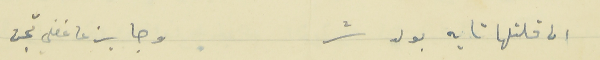
ان قلتلها تايه بولد شر                           وجايز ع غفلي تجن